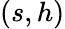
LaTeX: (s,h)